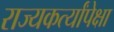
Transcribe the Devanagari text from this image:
राज्यकर्त्यांपेक्षा